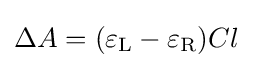
\Delta A=(\varepsilon _{\mathrm {L} }-\varepsilon _{\mathrm {R} })Cl